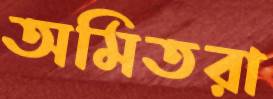
অমিতরা